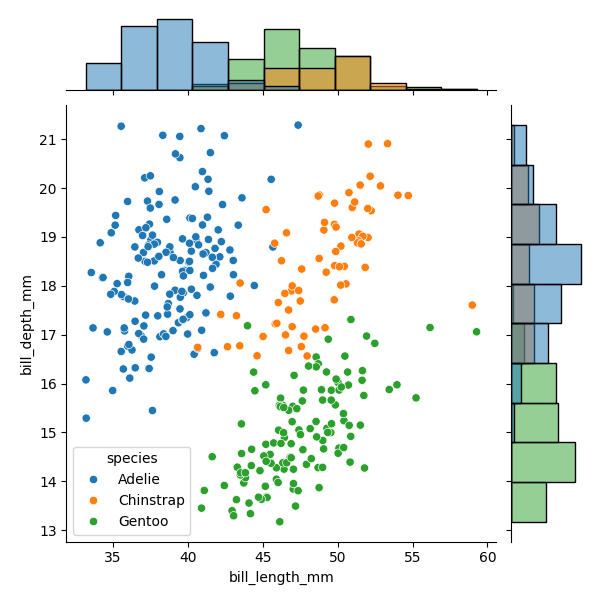
python, seaborn, JointGrid, scatterplot, histplot, hue